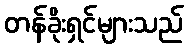
တန်ခိုးရှင်များသည်